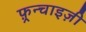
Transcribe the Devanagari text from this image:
फ़्रन्चाइज़ी